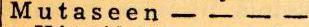
Mutaseen - - - -